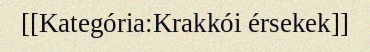
[[Kategória:Krakkói érsekek]]